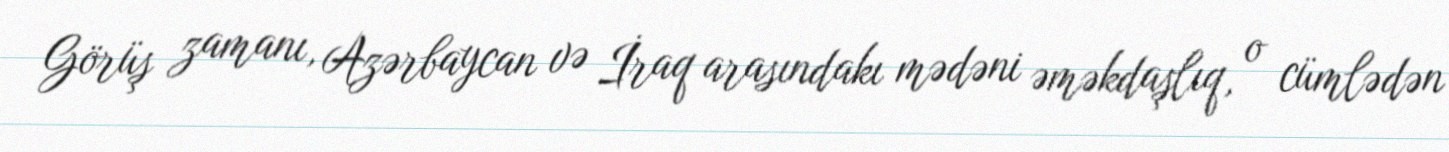
Görüş zamanı, Azərbaycan və İraq arasındakı mədəni əməkdaşlıq, o cümlədən